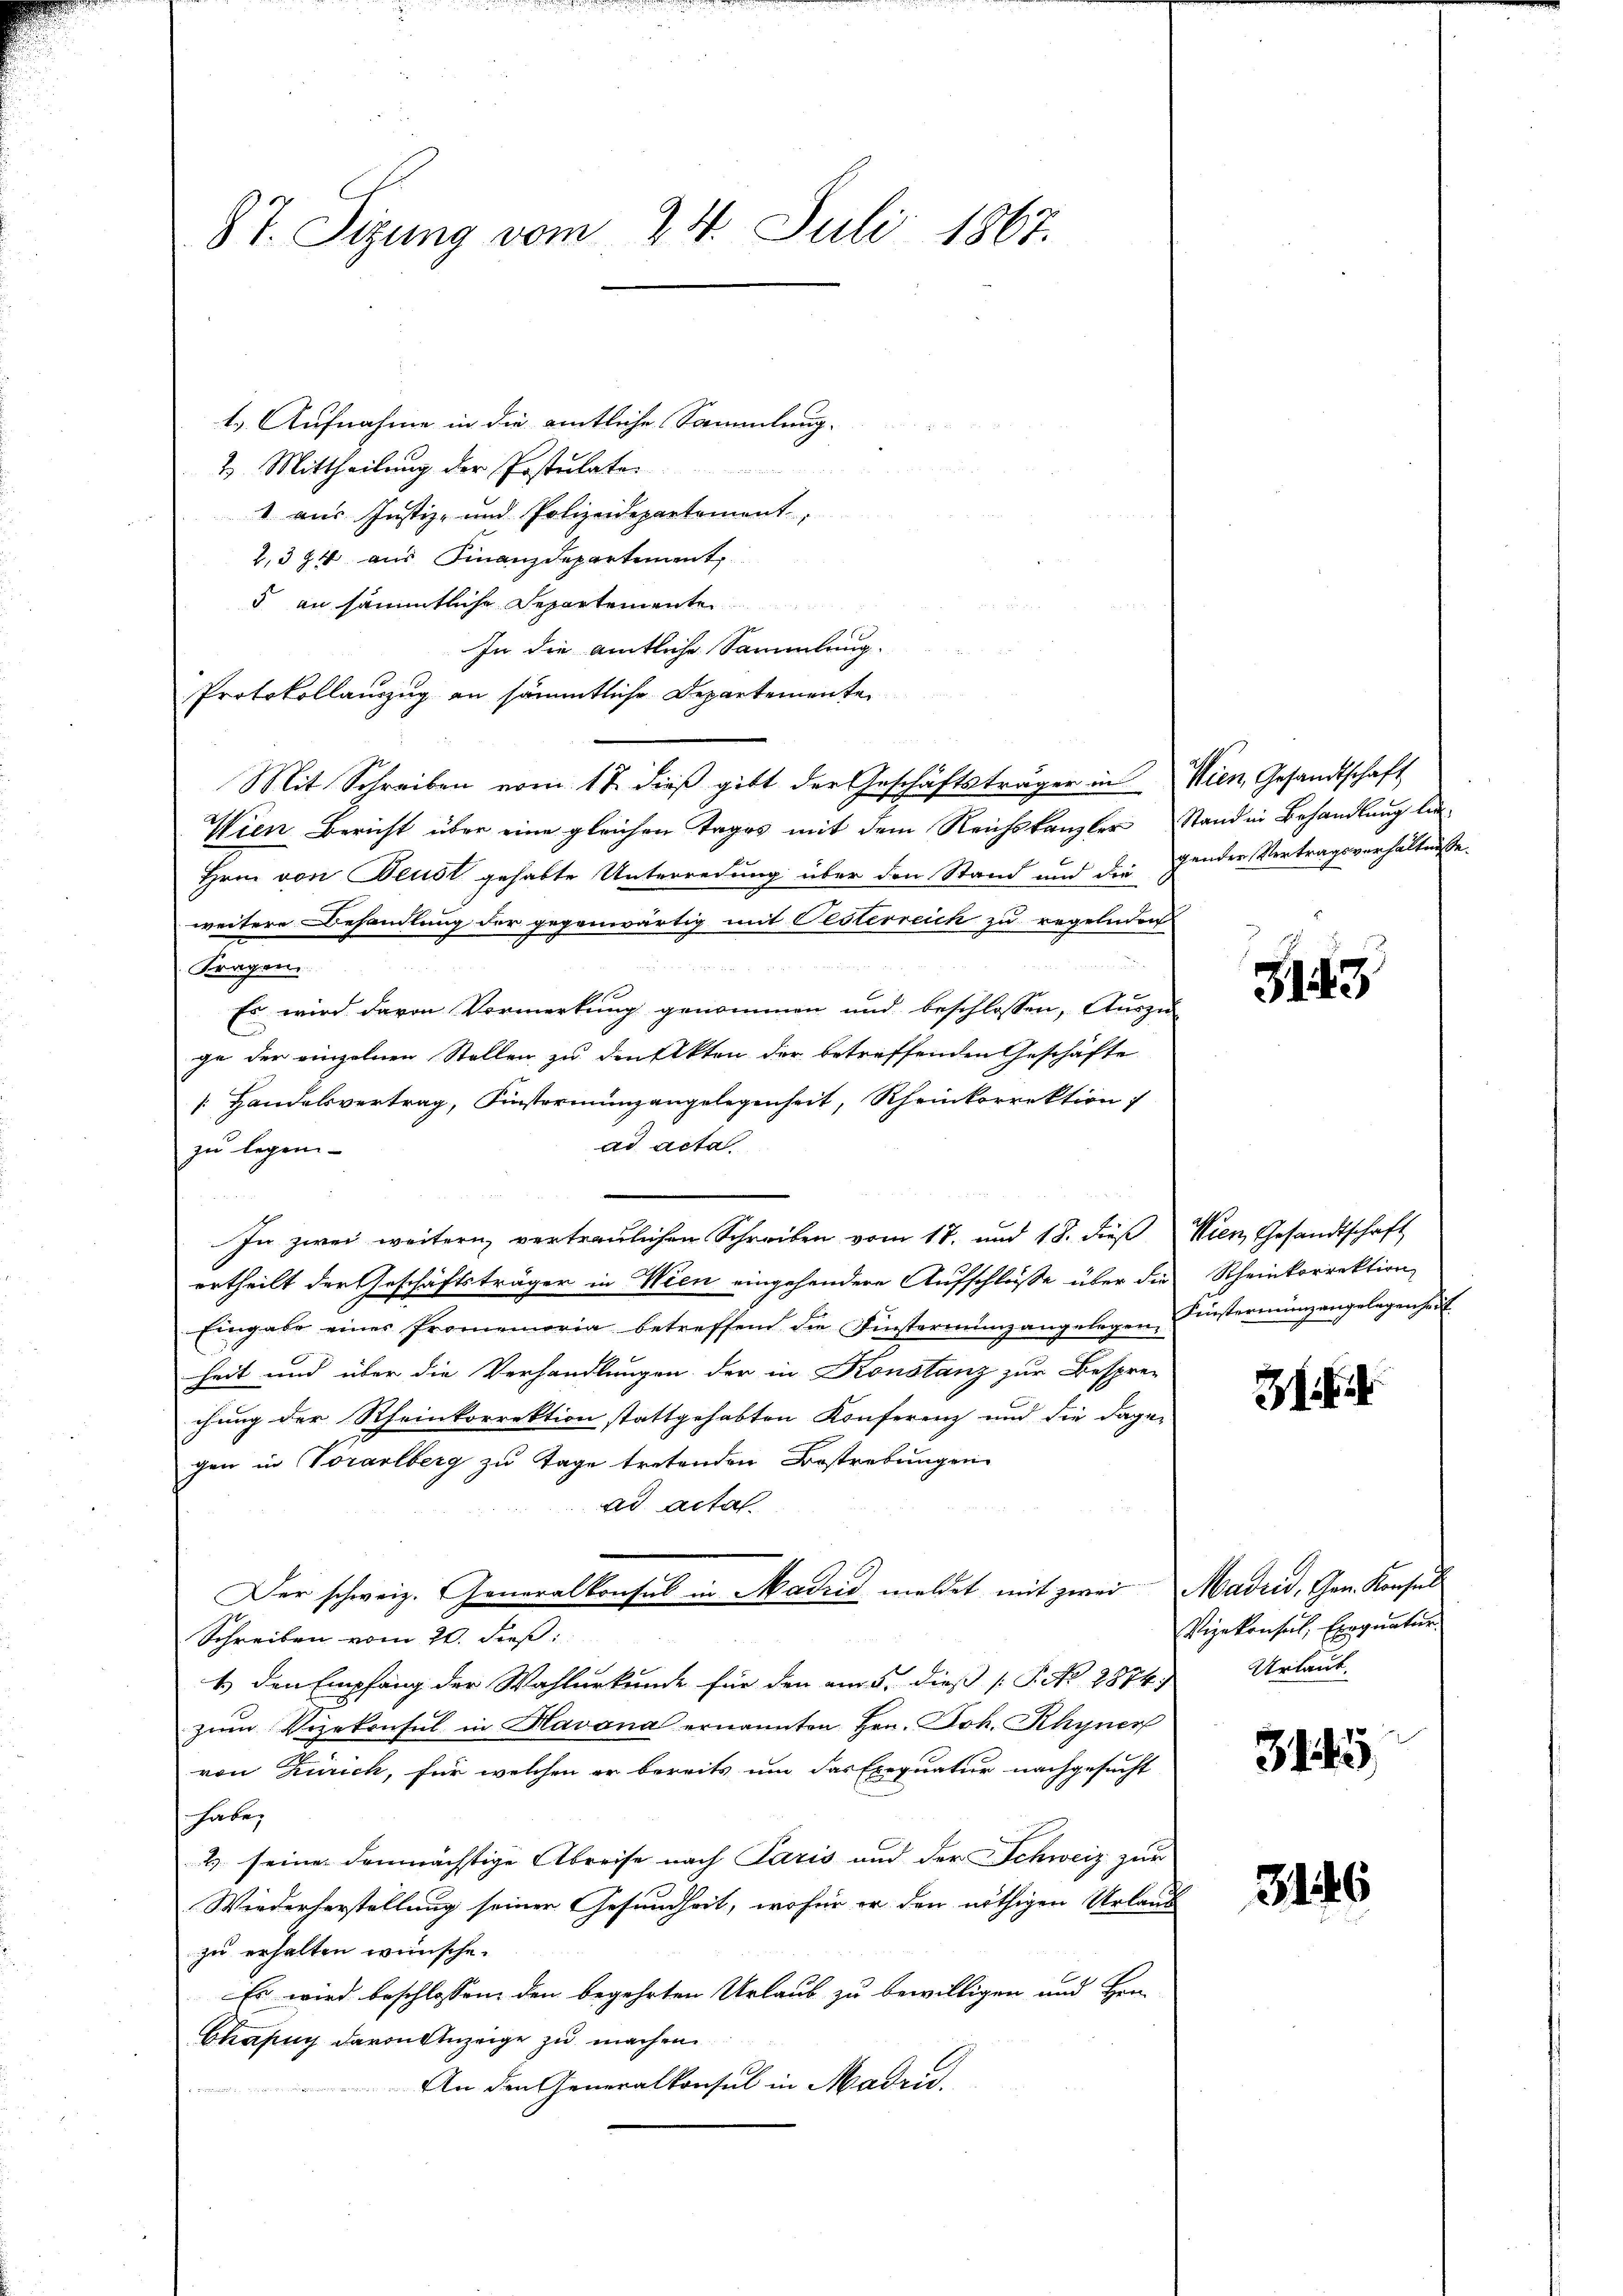
87. Sizung vom 24. Juli 1867.

t. Aufnahme in die amtliche Sammlung.
2. Mittheilung der Postulaten
u
1 aus Justiz- und Polizeidepartement,
2,394 aus Finanzdepartement,
5 an sämmtliche Separtemente
7
In die amtliche Sammlung.
Protokollauszug an sämmtliche Departemente
Mit Schreiben vom 17. dieß gibt der Geschäftsträger in Wien, Gesandtschaft
Wien Bericht über eine gleichen Tages mit dem Reichskanzler Stand in Behandlung lei-
Hrnn von Beust gehabte Unterredung über den Stand und die
weitere Behandlung der gegenwärtig mit Oesterreich zu regelnden
Fragen.
Es wird davon Vormerkung genommen und beschlossen, Auszu-
ge der einzelnen Stellen zu den Akten der betreffenden Geschäfte
[: Handelsvertrag, Finstermingangelegenheit, Rheinkorrektion
ad acta
zu legen
In zwei weitern vertraulichen Schreiben vom 17. und 18. dieβ Wien, Gesandtschaft
ertheilt der Geschäftsträger in Wien eingehendere Aufschlüsse über die Rheinkorrektion
Eingabe einer Promemoria betreffend die Finsterenunz angelegen Finstermingangelegenheit
heit und über die Verhandlungen der in Konstanz zur Bespre-
chung der Rheinkorrektion stattgehabten Konferenz und die dage-
gen in Vorarlberg zu Tage tretenden Bestrebungen
ad acta.
Der schweiz. Generalkonsul in Madiis meldet mit zwei Madrid, Gen. Konsul
Schreiben vom 20. dieß:
1) den Empfang der Wahlurkunde für den am 5. dieß P. No 2874) Urlaub-
zum Vizekonsul in Havana ernannten Hrn. Joh. Rhyner
von Zürich, für welchen er bereits um das Exequatur nachgesucht
habe.
& seine demnächstige Abreise nach Paris und der Schweiz zur
Wiederherstellung seiner Gesundheit, wofür er den nöthigen Urlaub
zu erhalten wünsche.
Es wird beschlossen den begehrten Urlaub zu bewilligen und Hen-
Chafug davon Anzeige zu machen
An den Generalkonsul in Madri.

gender Vertragsverhältnisse.

143

2

Vizekonsul, Exequatur.

315

3146